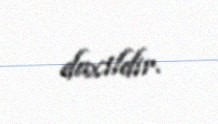
daxildir.